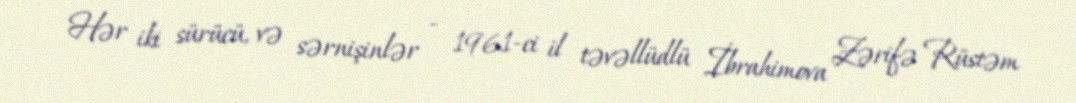
Hər iki sürücü, və sərnişinlər - 1961-ci il təvəllüdlü İbrahimova Zərifə Rüstəm